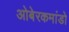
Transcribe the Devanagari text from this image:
ओबेरकमांडो